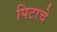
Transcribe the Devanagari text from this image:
पिटाचे